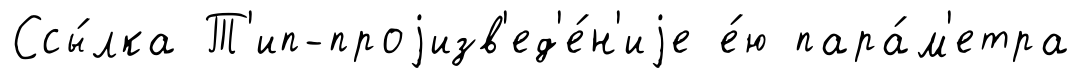
Ссы́лка Т'ип-проjизв'ед'е́н'иjе е́ю пара́м'етра